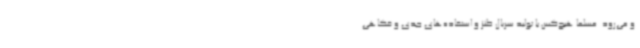
و می‌رود. مسلما هیچ‌کس با تولید سریال طنز و استفاده‌های جدی و فکاهی